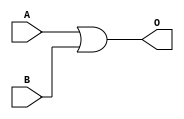
module Or32b (
    input [31:0] A, B,
    output [31:0] O
);
    assign O = A | B;

endmodule